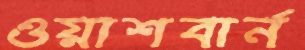
ওয়াশবার্ন